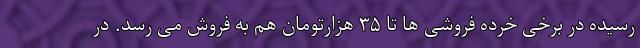
رسیده در برخی خرده فروشی ها تا ۳۵ هزارتومان هم به فروش می رسد. در